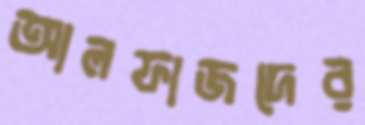
আলফাজদের